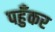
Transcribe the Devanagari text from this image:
पहुँकर